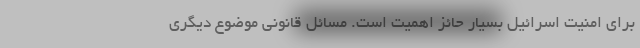
برای امنیت اسرائیل بسیار حائز اهمیت است. مسائل قانونی موضوع دیگری